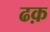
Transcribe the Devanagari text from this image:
ढक़